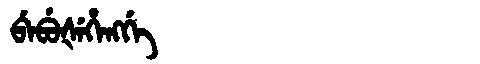
Manchu: ᠪᡝᠪᡠᡧᡝᡥᡝᠩᡤᡝ
Romanization: BEBUŠEHENGGE